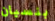
بنسيان